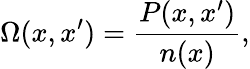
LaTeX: \Omega(x,x^{\prime})=\frac{P(x,x^{\prime})}{n(x)},